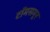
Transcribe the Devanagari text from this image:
टॉमसमूर